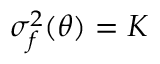
\sigma _ { f } ^ { 2 } ( \theta ) = K